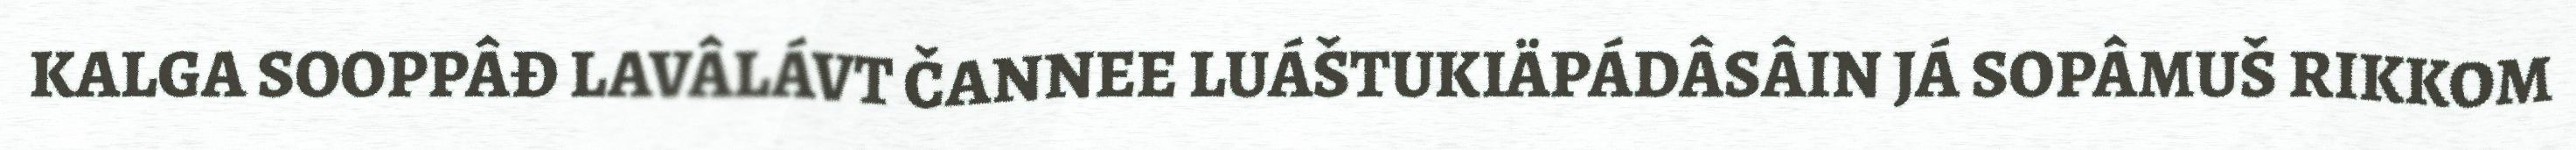
KALGA SOOPPÂĐ LAVÂLÁVT ČANNEE LUÁŠTUKIÄPÁDÂSÂIN JÁ SOPÂMUŠ RIKKOM